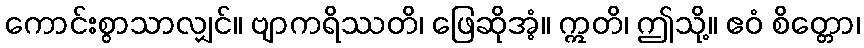
ကောင်းစွာသာလျှင်။ ဗျာကရိဿတိ၊ ဖြေဆိုအံ့။ ဣတိ၊ ဤသို့။ ဧဝံ စိတ္တော၊